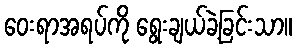
ဝေးရာအရပ်ကို ရွေးချယ်ခဲ့ခြင်းသာ။